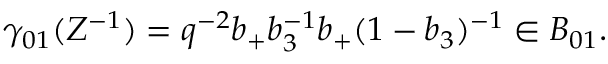
\gamma _ { 0 1 } ( Z ^ { - 1 } ) = q ^ { - 2 } b _ { + } b _ { 3 } ^ { - 1 } b _ { + } ( 1 - b _ { 3 } ) ^ { - 1 } \in B _ { 0 1 } .